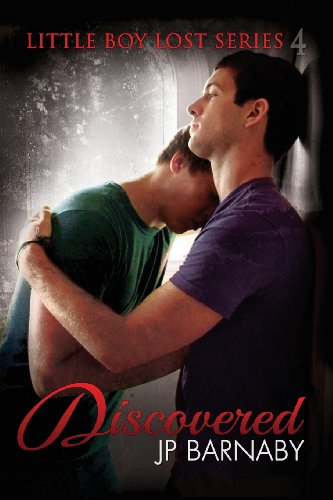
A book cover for Discovered; J. P. Barnaby; Romance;